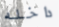
داخله